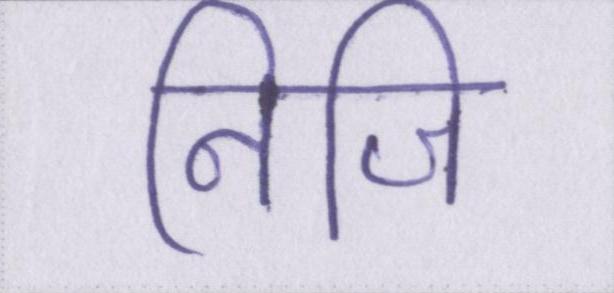
निजि